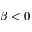
\beta < 0